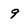
Character: 9